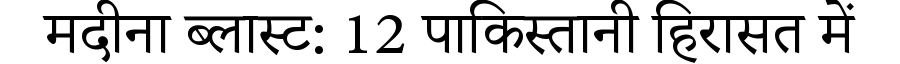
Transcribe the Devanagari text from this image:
मदीना ब्लास्ट: 12 पाकिस्तानी हिरासत में